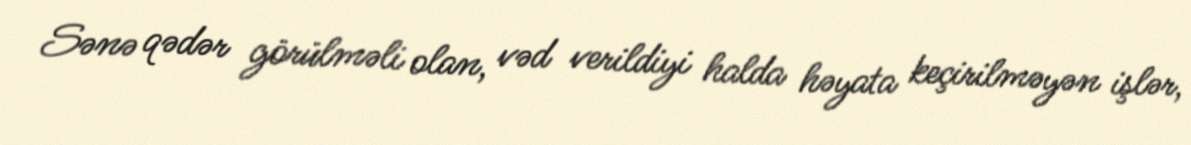
Sənə qədər görülməli olan, vəd verildiyi halda həyata keçirilməyən işlər,